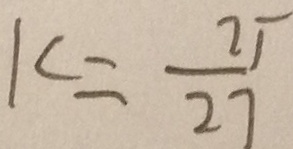
K = \frac { 2 5 } { 2 7 }